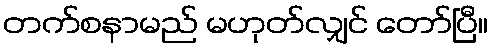
တက်စနာမည် မဟုတ်လျှင် တော်ပြီ။